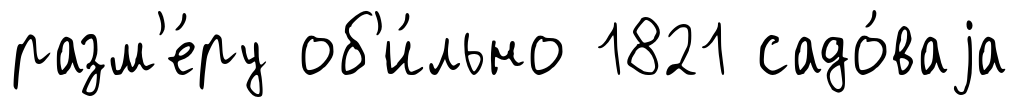
разм'е́ру об'и́льно 1821 садо́ваjа